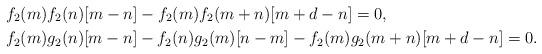
LaTeX: \begin{align*} &f_2(m)f_2(n)[m-n]-f_2(m)f_2(m+n)[m+d-n]=0,\\ &f_2(m)g_2(n)[m-n]-f_2(n)g_2(m)[n-m]-f_2(m)g_2(m+n)[m+d-n]=0.\end{align*}